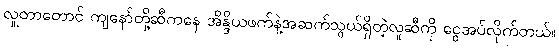
လှူတာတောင် ကျနော်တို့ဆီကနေ အိန္ဒိယဖက်နဲ့အဆက်သွယ်ရှိတဲ့လူဆီကို ငွေအပ်လိုက်တယ်။